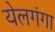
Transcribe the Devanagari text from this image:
येलगंगा